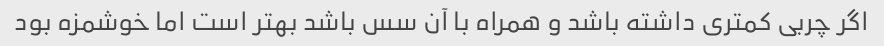
اگر چربی کمتری داشته باشد و همراه با آن سس باشد بهتر است اما خوشمزه بود